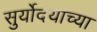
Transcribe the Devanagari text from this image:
सुर्योदयाच्या